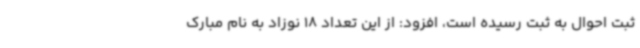
ثبت احوال به ثبت رسیده است، افزود: از این تعداد 18 نوزاد به نام مبارک